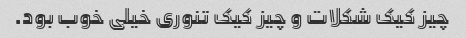
چیز کیک شکلات و چیز کیک تنوری خیلی خوب بود.